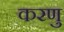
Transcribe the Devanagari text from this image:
करणु